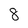
Character: 8